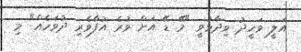
އަލީ ވަހީދު ވިދާޅުވީ "މޭ ޑޭ އަށް ވުރެ އުފާވެރި ދުވަހެއް" މި